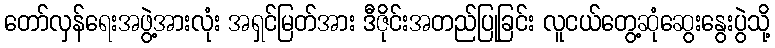
တော်လှန်ရေးအဖွဲ့အားလုံး အရှင်မြတ်အား ဒီဇိုင်းအတည်ပြုခြင်း လူငယ်တွေ့ဆုံဆွေးနွေးပွဲသို့